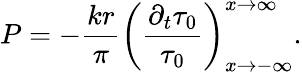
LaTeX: P=-\frac{kr}{\pi}\left(\frac{\partial_{t}\tau_{0}}{\tau_{0}}\right)_{x\rightarrow-\infty}^{x\rightarrow\infty}.